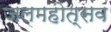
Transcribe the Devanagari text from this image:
जलमहोत्सव